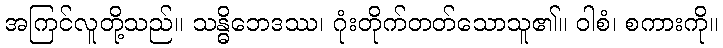
အကြင်လူတို့သည်။ သန္ဓိဘေဒဿ၊ ဂုံးတိုက်တတ်သောသူ၏။ ဝါစံ၊ စကားကို။